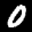
Label: 0